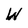
Character: W